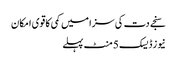
سنجے دت کی سزا میں کمی کا قوی امکان
نیوز ڈیسک 5 منٹ پہلے